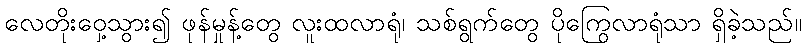
လေတိုးဝှေ့သွား၍ ဖုန်မှုန့်တွေ လူးထလာရုံ၊ သစ်ရွက်တွေ ပိုကြွေလာရုံသာ ရှိခဲ့သည်။